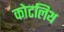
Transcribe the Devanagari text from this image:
कोटलिथ